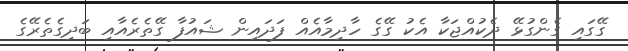
ގޭގައި ގެންގުޅޭ ދެކުއްޖަކާ އެކު ގޭގެ ހާދިމާއެއް ފަދައިން ޝައުފާ ގޭތެރެއާއި ބަދިގެތެރޭގެ